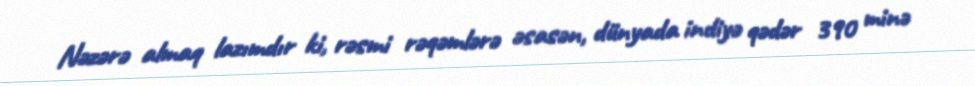
Nəzərə almaq lazımdır ki, rəsmi rəqəmlərə əsasən, dünyada indiyə qədər 390 minə